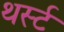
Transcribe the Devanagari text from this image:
थर्स्ट